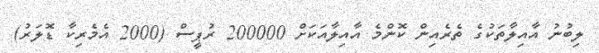
ލިބުނު އާއިލާތަކުގެ ތެރެއިން ކޮންމެ އާއިލާއަކަށް 200000 ރުޕީސް (2000 އެމެރިކާ ޑޮލަރު)